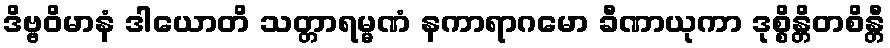
ဒိဗ္ဗဝိမာနံ ဒါယောတိ သတ္တာရမ္မဏံ နကာရာဂမော ခီဏာယုကာ ဒုစ္စိန္တိတစိန္တီ